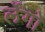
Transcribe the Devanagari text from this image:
र्लेंगो